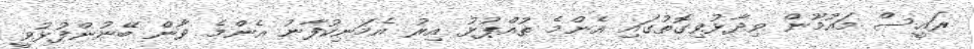
ރައީސް މައުމޫން ވިދާޅުވިގޮތުގައި އެންމެ ތުއްޕުޅު އިރު އެމަނިކުފާނު އެންމެ ވާން ބޭނުންފުޅުވީ